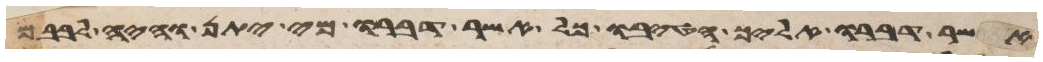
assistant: אשר דברו אליך הטיבו כל אשר דברו מי יתן והיה לבבם